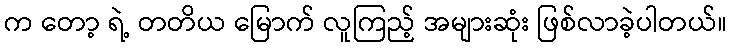
က တော့ ရဲ့ တတိယ မြောက် လူကြည့် အများဆုံး ဖြစ်လာခဲ့ပါတယ်။